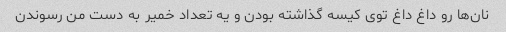
نان‌ها رو داغ داغ توی کیسه گذاشته بودن و یه تعداد خمیر به دست من رسوندن